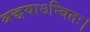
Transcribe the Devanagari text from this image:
श्रद्धयाऽन्वितः।